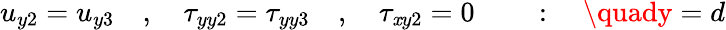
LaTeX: u_{y2}=u_{y3}\quad,\quad\tau_{yy2}=\tau_{yy3}\quad,\quad\tau_{\mathit{x}y2}=0\quad\quad:\quad\quady=d